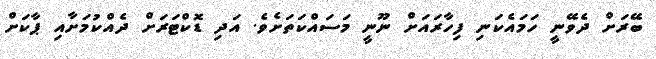
ބޭރަށް ދެވޭނީ ހަމައެކަނި ފިހާރައަށް ނޫނީ މަސައްކަތަށެވެ. އަދި ޑޮކްޓަރަށް ދެއްކުމަށާއި ޕާކަށް